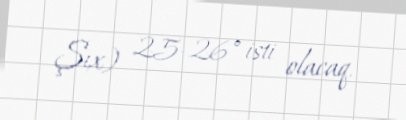
Şıx) 25-26° isti olacaq.